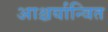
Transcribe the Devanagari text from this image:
आश्चर्यान्वित